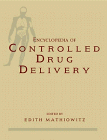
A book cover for Encyclopedia of Controlled Drug Delivery, 2 Volume Set; Medical Books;